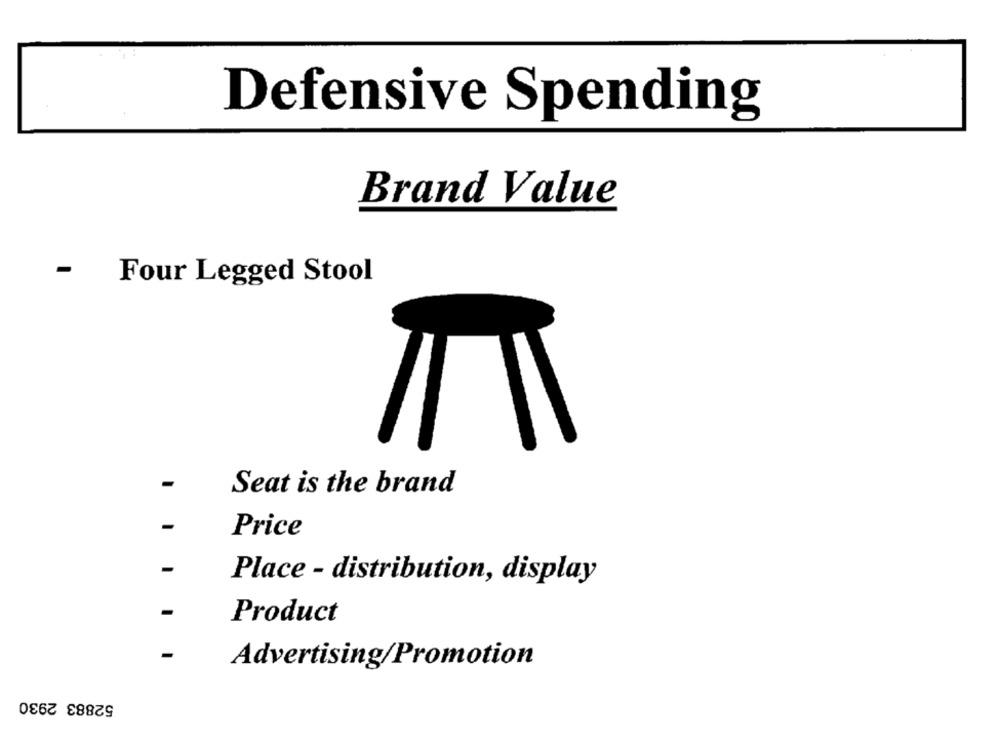
Defensive Spending
Brand Value
-
Four Legged Stool
Seat is the brand
Price
Place - distribution, display
Product
Advertising/Promotion
52883 2930